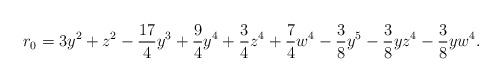
LaTeX: \begin{align*}r_0 = 3y^{2}+z^{2}-\frac{17}{4}y^{3}+\frac{9}{4}y^{4}+\frac{3}{4}z^{4}+\frac{7}{4}w^{4}-\frac{3}{8}y^{5}-\frac{3}{8}yz^{4}-\frac{3}{8}yw^{4}. \end{align*}